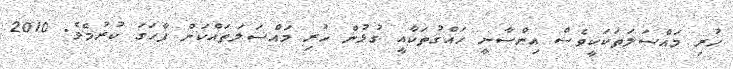
ހުރި މައްސަލަތަކަކީވެސް އިންސާނީ ހައްޤުތަކާއީ ގުޅުން ހުރި މައްސަލަތައްކަން ފާހަގަ ކުރުމެވެ. 2010